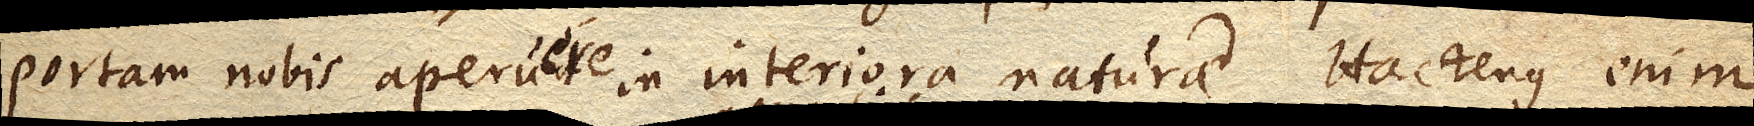
portam nobis aperuere in interiora naturae. Hactenus enim